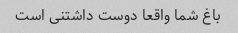
باغ شما واقعا دوست داشتنی است